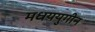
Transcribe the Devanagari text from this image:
मधययुगीन